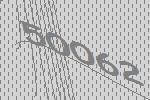
50062